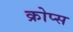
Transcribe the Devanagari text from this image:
क्रोप्स